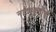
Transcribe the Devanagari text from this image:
नाट्यकृतींची